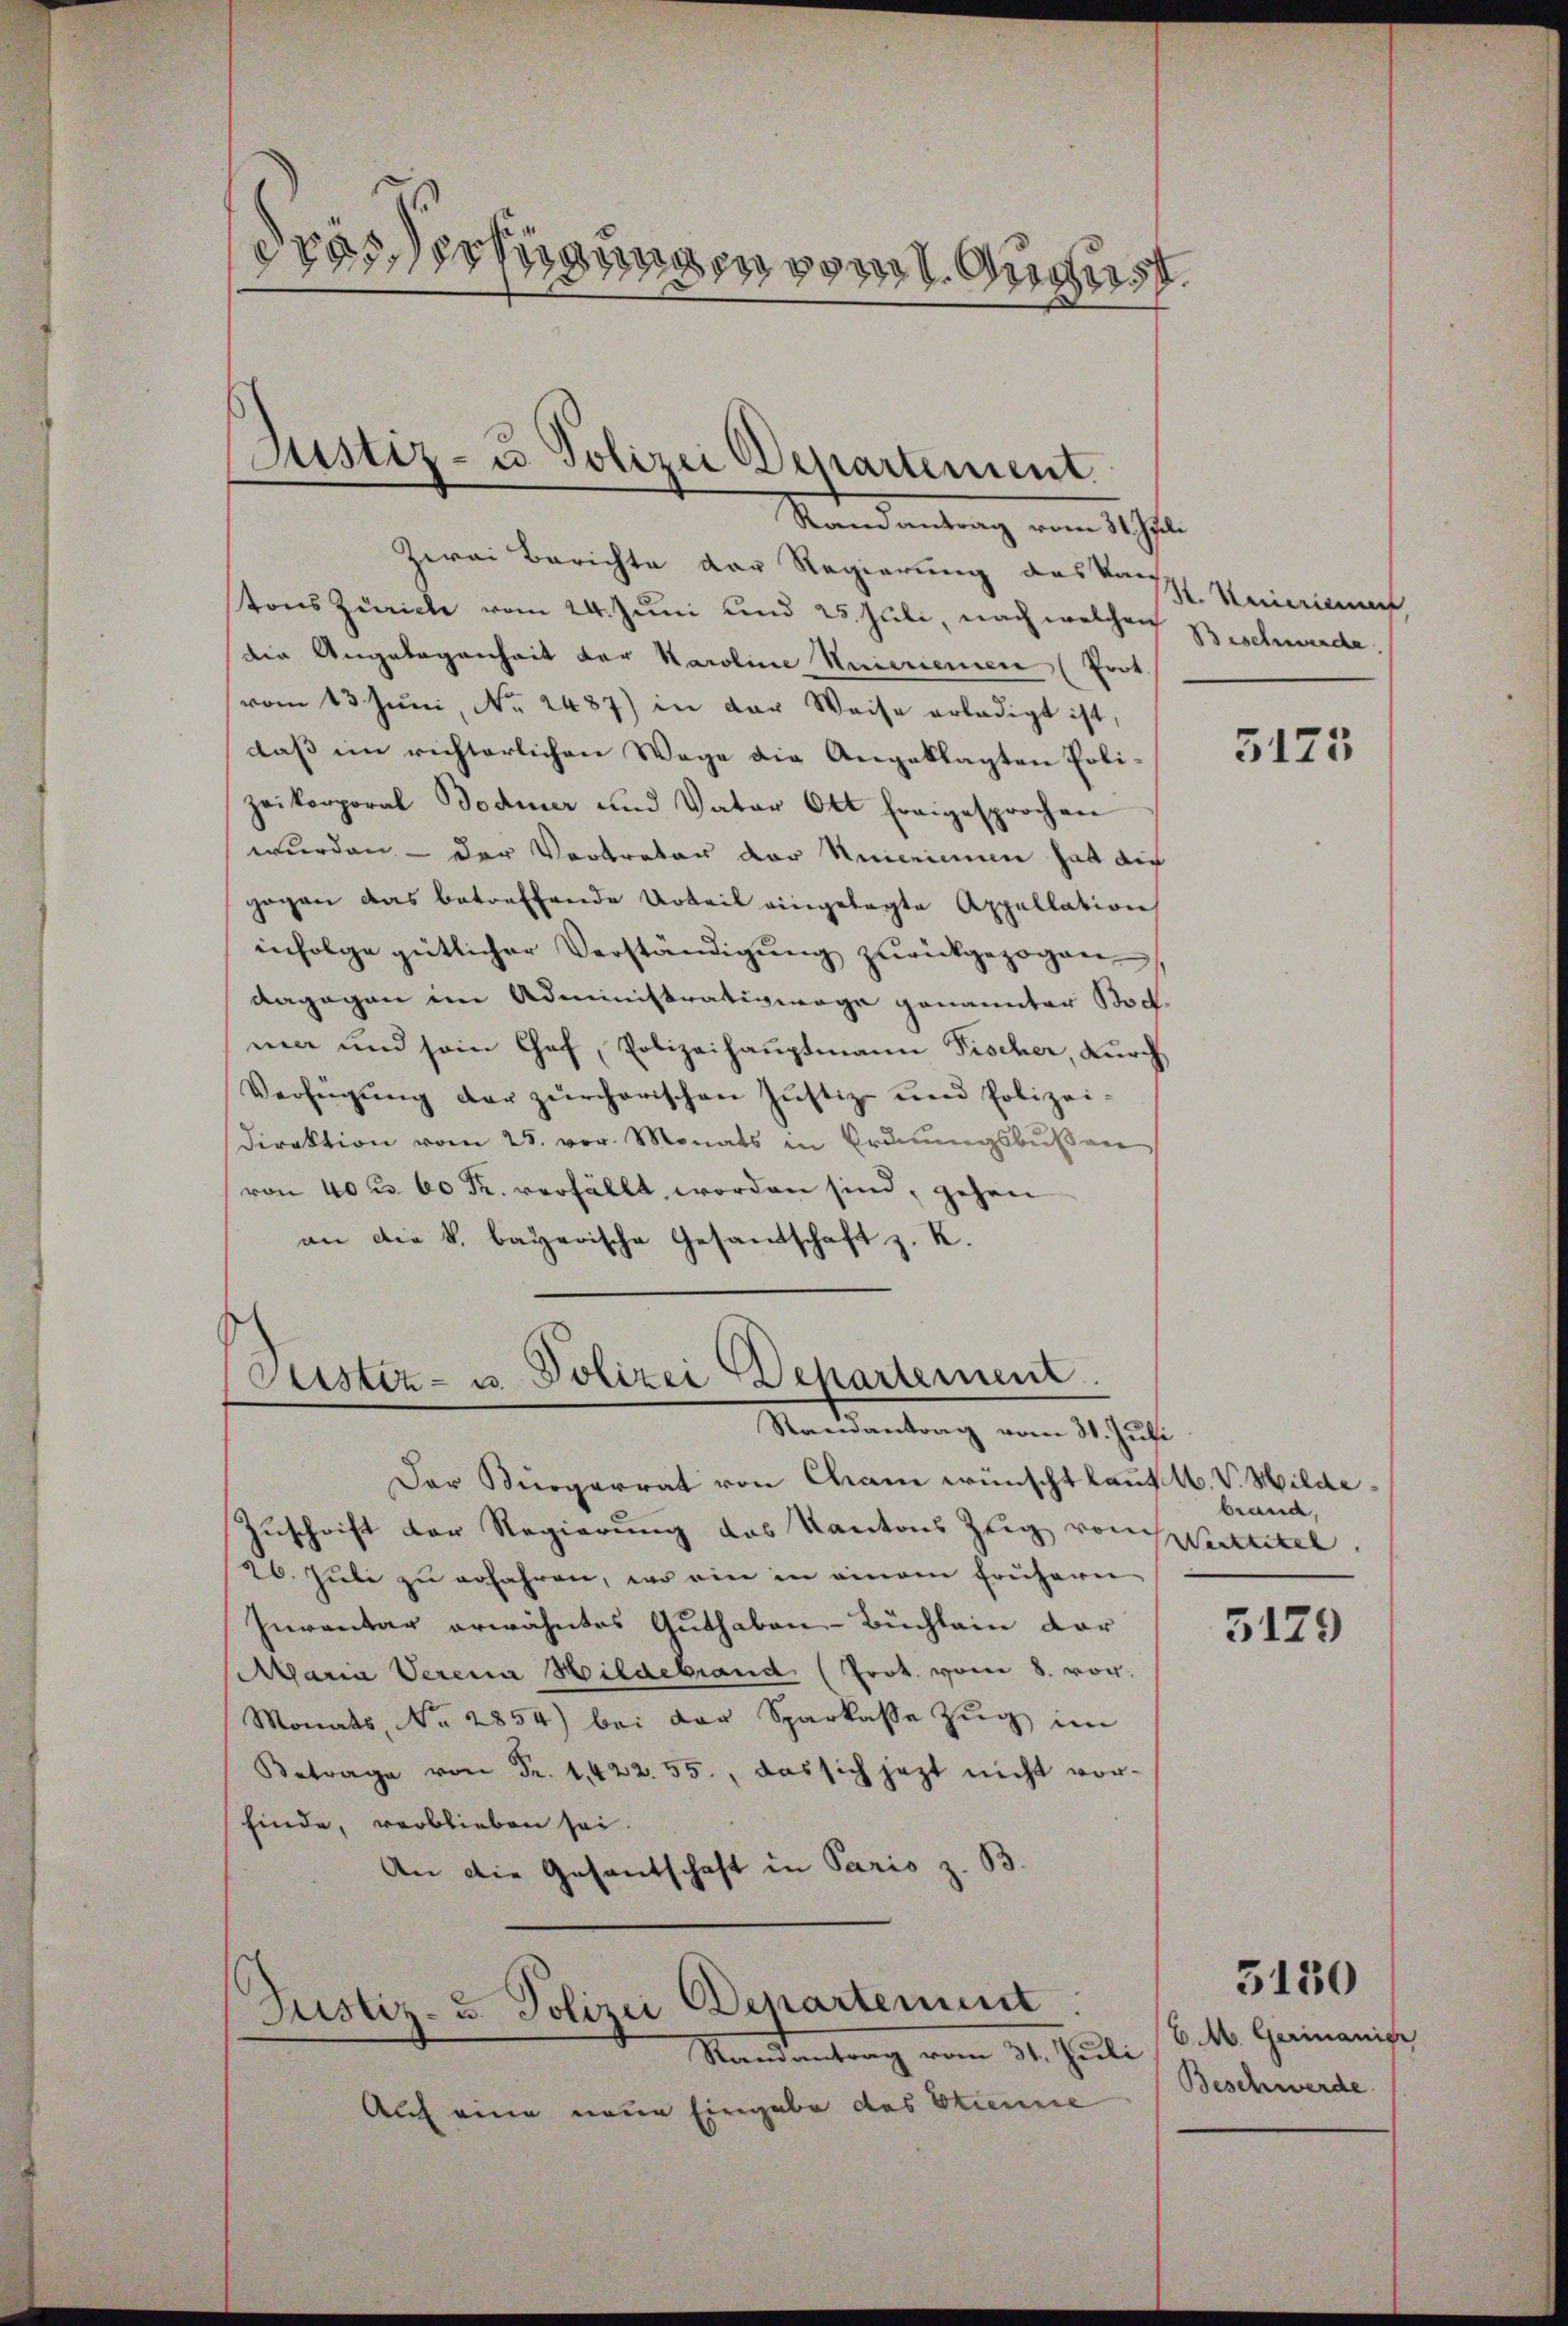
drasterfügungen vom 1. August.

Justiz- u. Polizei Departement
Randantrag vom 31. Juli

Zwei Berichte der Regierung des Kan
tons Zürich vom 24. Juni und 25. Juli, nach welchen
die Angelegenheit der Karoline Neicriemen (Prot.
vom 13. Jŭni, Nr. 2487) in der Weise erledigt ist,
dass im richterlichen Wege die Angeklagten Polizeikorporal Todmer und Vater Ott Fragesprochen
wurden - der Vertreter der Anerinum hat die
gegen das betreffende Urteil eingelegte Appellation
infolge gütlicher Verständigŭng zŭrückgezogen,
dagegen im Administrativage genannter Bod
ma und sein Chef, Polizeihauptmann Fischer, durch
Verfügŭng der zürcherischen Justiz- und Polizei-
Direktion vom 25. vor. Monats in Ordnungsbußen
von 40 u. 60 Fr. verfällt worden sind, gehen
an die k. bayerische Gesandschaft z. K.

Pustiz- u. Polizei Departement
Randantrag vom 31. Juli

Der Bürgerrat von Cham wünscht laut M. V. Milde¬
Zuschrift der Regierung des Kantons Zeig von aktikel
26. Juli zu erfahren, wo eine in einem frühern
Inventar erwähntes Guthaben-Büchlein dar
Maria Verena Hildebrand (Prot. vom 8. vor.
Monats, No 2854) bei der Sparkasse Zŭg im
Betrage von Fr. 1422. 55., das sich jezt nicht vorfinde, verblieben sei.
An die Gesantschaft in Paris z. B.

Justiz- u. Polizei Departement
Randantrag vom 31. Juli

Auf eine neue Eingabe des Strenne

K. Maierient,
Beschwerde.

5125

brand,

5129

C.M. Germanier
e
Beschwerde

5130